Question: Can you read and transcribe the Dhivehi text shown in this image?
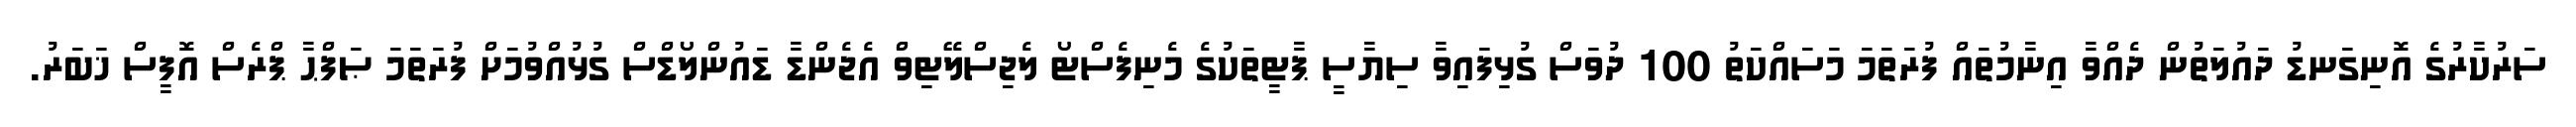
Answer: ސަރުކާރުގެ އޮނިގަނޑު ދައުލަތުން ދެއްވާ އިނާމުތައް ފުރަތަމަ މަސައްކަތު 100 ދުވަސް ގުޅިފައިވާ ސިޔާސީ ޕާޓީތަކުގެ މެނިފެސްޓޯ ލެޖިސްލޭޓިވް އެޖެންޑާ ޑައުންލޯޑްސް ގުޅުއްވުމަށް ފުރަތަމަ ޞަފްޙާ ޕްރެސް އޮފީސް ޚަބަރު.